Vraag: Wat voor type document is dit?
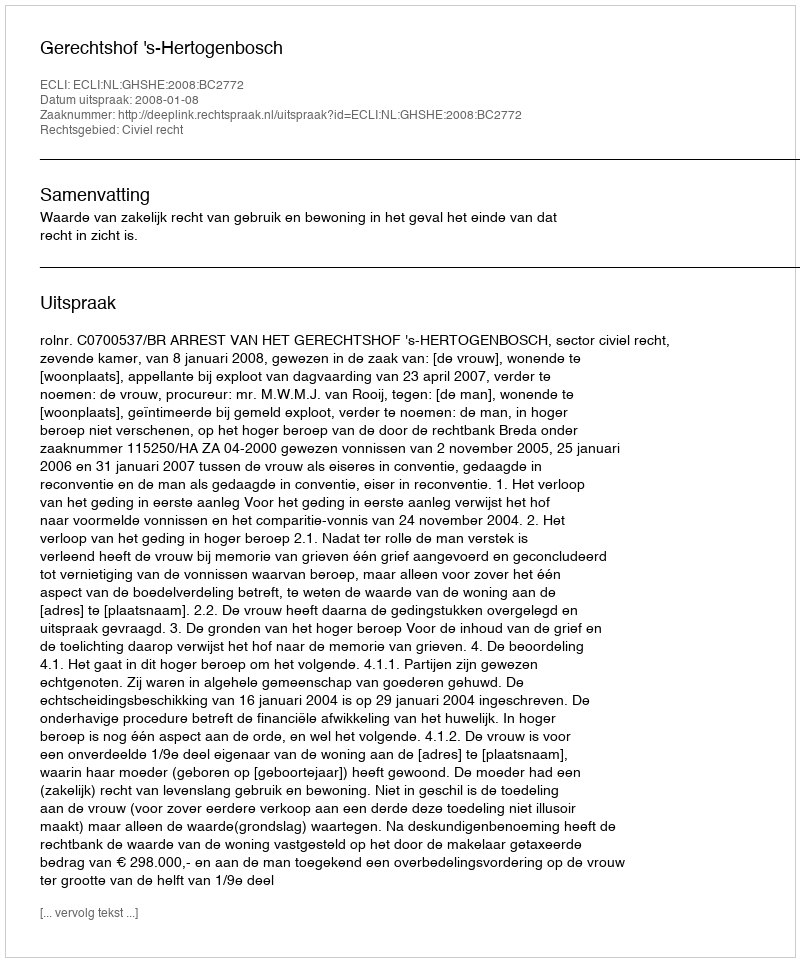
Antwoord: Uitspraak